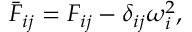
\begin{array} { r } { \bar { F } _ { i j } = F _ { i j } - \delta _ { i j } \omega _ { i } ^ { 2 } , } \end{array}